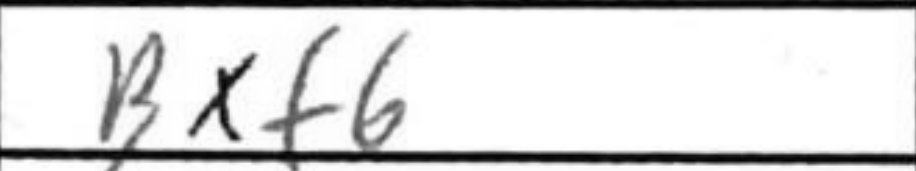
Transcription: Bxf6